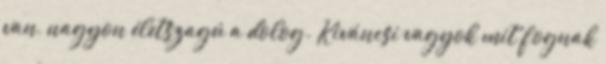
van, nagyon életszagú a dolog. Kiváncsi vagyok mit fognak